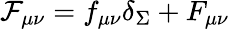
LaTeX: {\cal F}_{\mu\nu}=f_{\mu\nu}\delta_{\Sigma}+F_{\mu\nu}